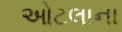
ઓટલાના